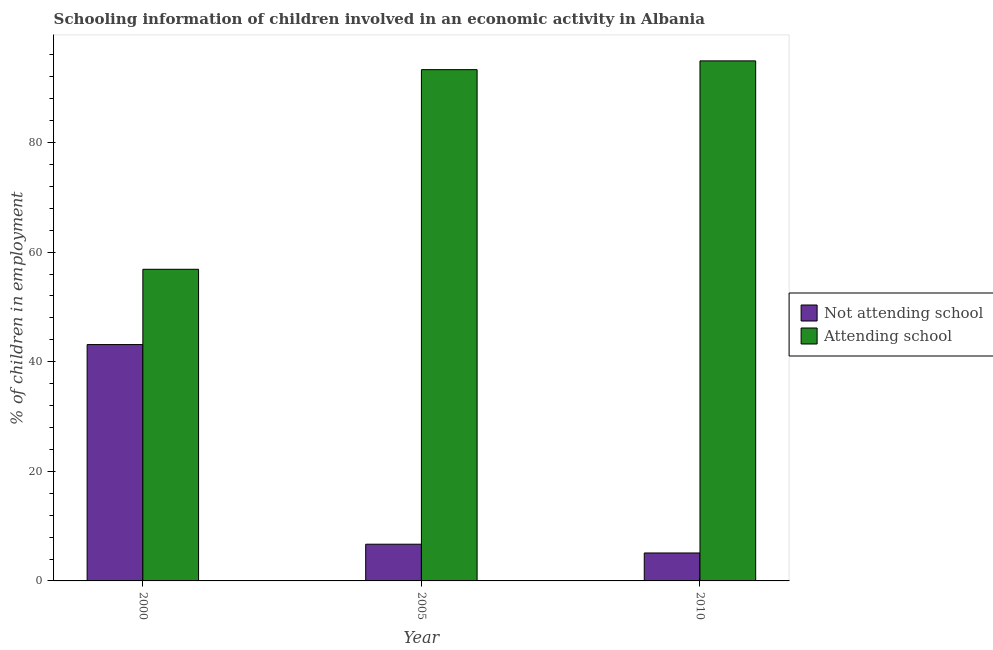
| Year | Not attending school | Attending school |
 | --- | --- | --- |
 | 2000 | 43.1 | 56.9 |
 | 2005 | 6.7 | 93.3 |
 | 2010 | 5.1 | 94.9 |